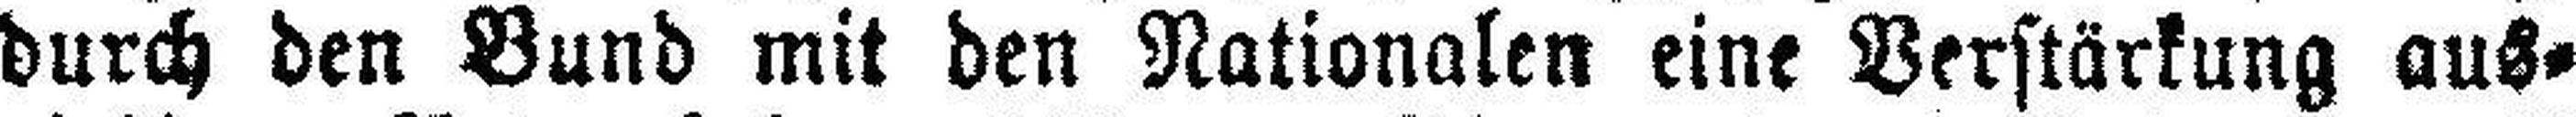
durch den Bund mit den Nationalen eine Verstärkung aus¬